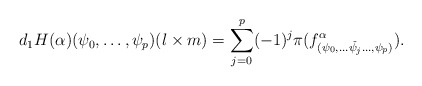
\begin{align*}d_1 H (\alpha)(\psi_0,\dots,\psi_{p})(l\times m)=\sum_{j=0}^{p}(-1)^{j}\pi( f_{(\psi_0,\dots \check{\psi_j} \dots,\psi_{p})}^{ \alpha}) .\end{align*}